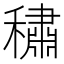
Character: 𰨻